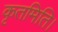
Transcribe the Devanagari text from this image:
कृतमिति।